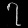
Digit: ၇